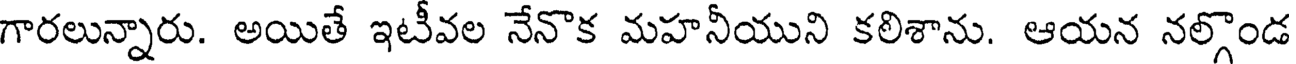
గారలున్నారు. అయితే ఇటీవల నేనొక మహనీయుని కలిశాను. ఆయన నల్గొండ